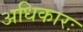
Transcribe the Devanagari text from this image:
अधिकारः